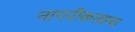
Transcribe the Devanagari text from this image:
नागरीकत्वाचा